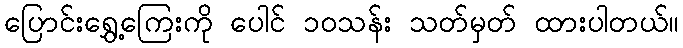
ပြောင်းရွှေ့ကြေးကို ပေါင် ၁၀သန်း သတ်မှတ် ထားပါတယ်။